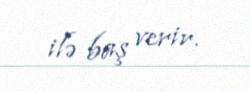
ilə baş verir.